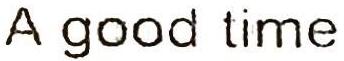
A good time